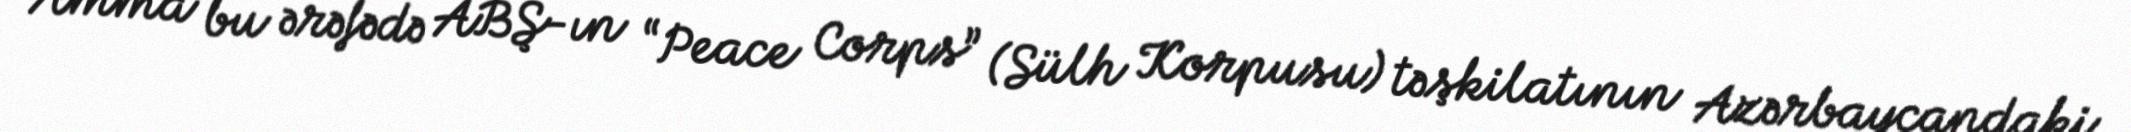
Amma bu ərəfədə ABŞ-ın “Peace Corps” (Sülh Korpusu) təşkilatının Azərbaycandaki